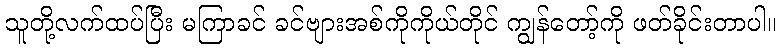
သူတို့လက်ထပ်ပြီး မကြာခင် ခင်ဗျားအစ်ကိုကိုယ်တိုင် ကျွန်တော့်ကို ဖတ်ခိုင်းတာပါ။